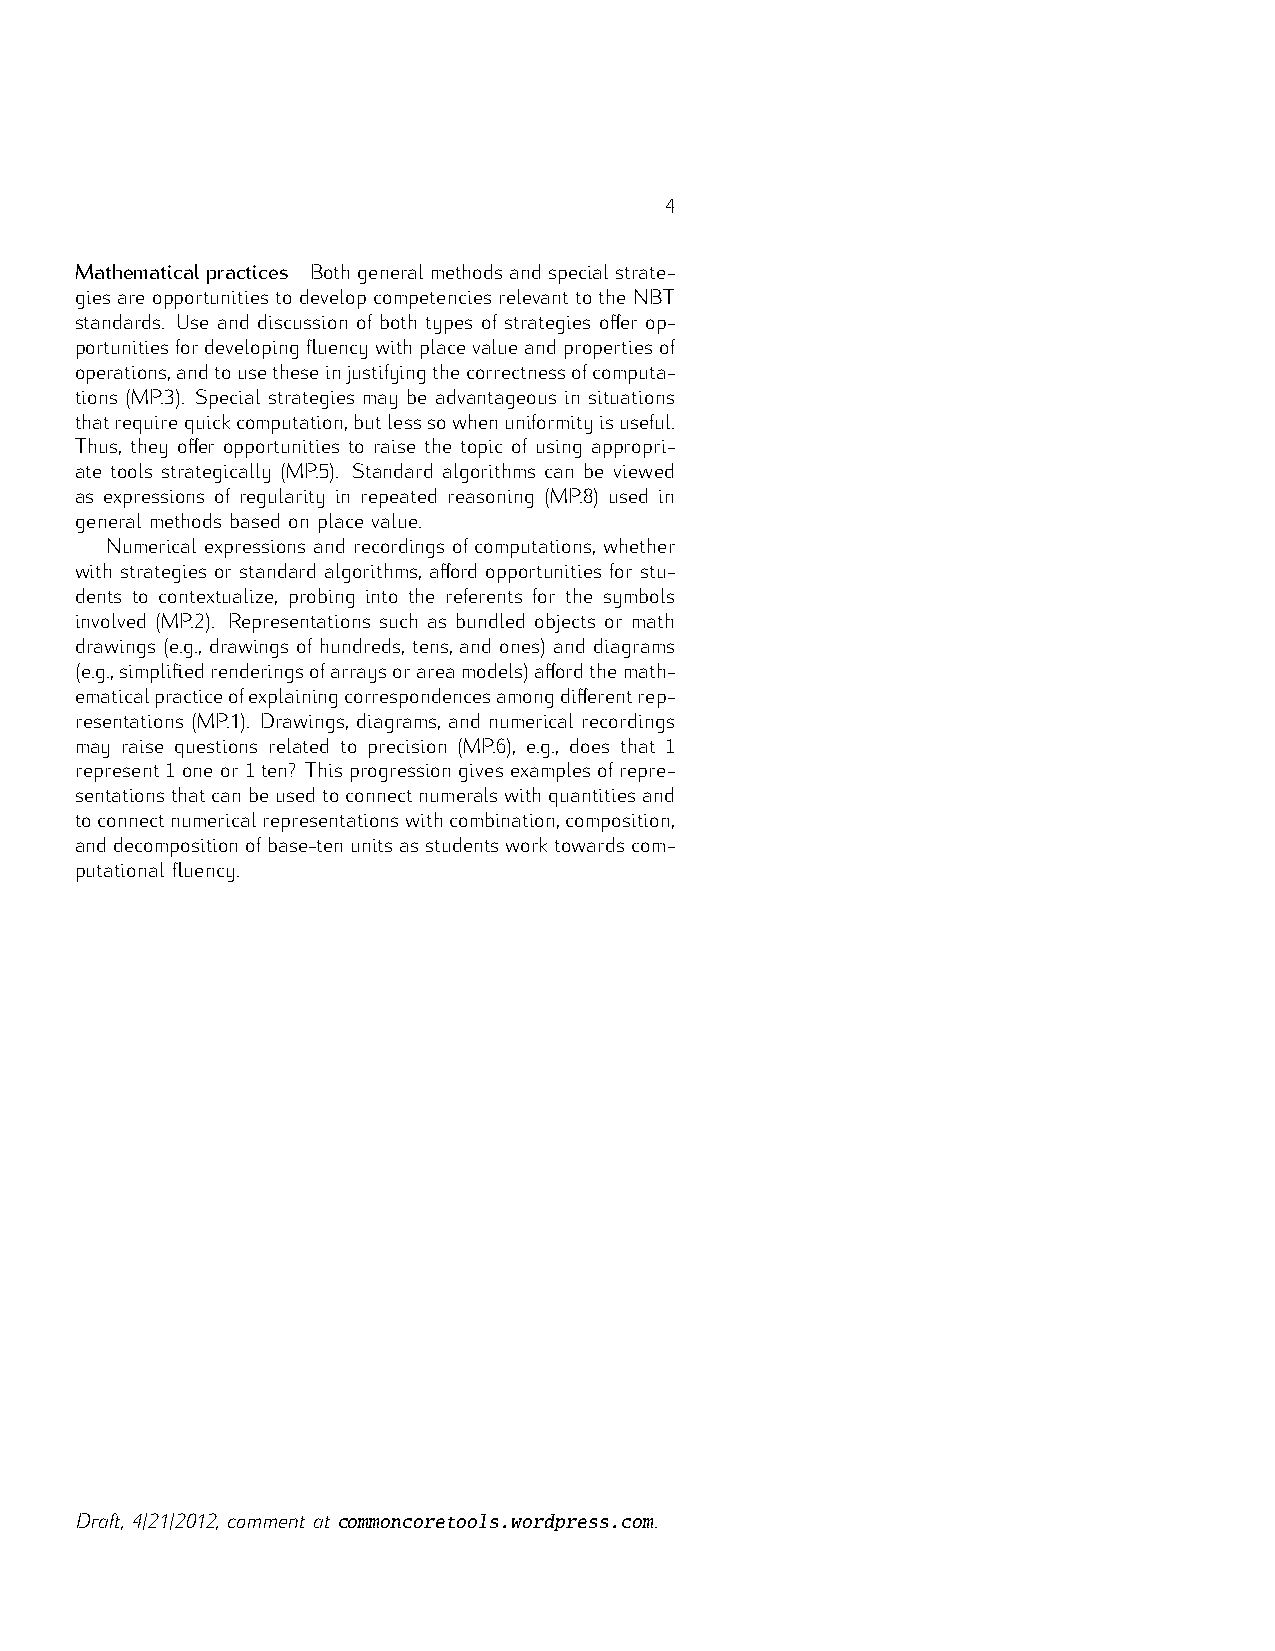
4
 Mathematicalpractices Bothgeneralmethodsandspecialstrate-
 gies are opportunities to develop competencies relevant to the NBT
 standards. Use and discussion of both types of strategies offer op-
 portunitiesfordevelopingfluencywithplacevalueandpropertiesof
 operations,andtousetheseinjustifyingthecorrectnessofcomputa-
 tions (MP.3). Special strategies may be advantageous in situations
 thatrequirequickcomputation,butlesssowhenuniformityisuseful.
 Thus, they offer opportunities to raise the topic of using appropri-
 ate tools strategically (MP.5). Standard algorithms can be viewed
 as expressions of regularity in repeated reasoning (MP.8) used in
 general methods based on place value.
 Numerical expressions and recordings of computations, whether
 with strategies or standard algorithms, afford opportunities for stu-
 dents to contextualize, probing into the referents for the symbols
 involved (MP.2). Representations such as bundled objects or math
 drawings (e.g., drawings of hundreds, tens, and ones) and diagrams
 (e.g.,simplifiedrenderingsofarraysorareamodels)affordthemath-
 1
 ematicalpracticeofexplainingcorrespondencesamongdifferentrep-
 1    1
 resentations (MP.1). Drawings, diagrams, and numerical recordings
 may raise questions related to precision (MP.6), e.g., does that
 represent one or ten? This progression gives examples of repre-
 sentationsthatcanbeusedtoconnectnumeralswithquantitiesand
 toconnectnumericalrepresentationswithcombination,composition,
 anddecompositionofbase-tenunitsasstudentsworktowardscom-
 putational fluency.
 commoncoretools.wordpress.com
 Draft, 4/21/2012, comment at          .